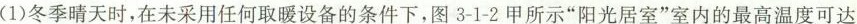
(1)冬季晴天时，在未采用任何取暖设备的条件下，图3-1-2甲所示”阳光居室”室内的最高温度可达